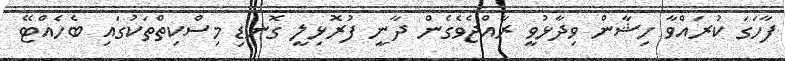
ފާހަގަ ކުރައްވާ ހިޝާން ވިދާޅުވީ ރާއްޖެވެގެން ދާނީ ފުރޮޅިލީ ގޮނޑި މިސްކިތްތަކުގައި ބެހެއްޓޭ